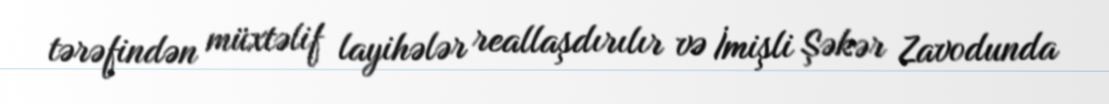
tərəfindən müxtəlif layihələr reallaşdırılır və İmişli Şəkər Zavodunda